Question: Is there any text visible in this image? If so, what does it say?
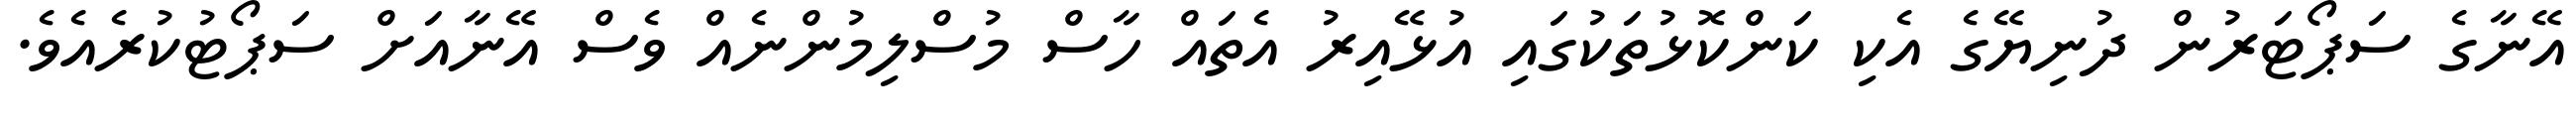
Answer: އޭނާގެ ސަޕޯޓަރުން ދުނިޔޭގެ އެކި ކަންކޮޅުތަކުގައި އުޅޭއިރު އެތައް ހާސް މުސްލިމުންނެއް ވެސް އޭނާއަށް ސަޕޯޓުކުރެއެވެ.